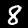
Digit: 8